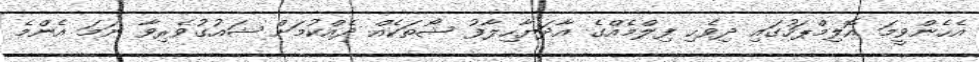
އެހެންވީމަ އޮލިމްޕަހުގައި ދިވެހި ފިލްމެއްގެ އާދަޔާހިލާފު ޝޯތަކެއް ދެއްކުމަށް ޝައުގުވެރިވާ ނަމަ އެންމެ